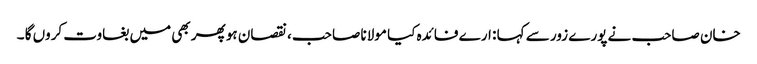
خان صاحب نے پورے زور سے کہا : ارے فائدہ کیا مولانا صاحب ، نقصان ہو پھر بھی میں بغاوت کروں گا ۔